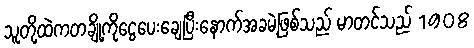
သူတို့ထဲကတချို့ကိုငွေပေးချေပြီးနောက်အခမဲ့ဖြစ်သည် မာတင်သည် 1908